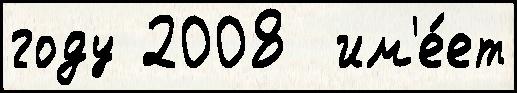
году 2008  им'е́ет